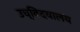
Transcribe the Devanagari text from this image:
उच्विदयालय